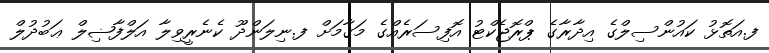
ފ.އަތޮޅު ކައުންސިލްގެ އިދާރާގެ ޕްރޮޖެކްޓު އޮފިސަރެއްގެ މަޤާމަށް ފ.ނިލަންދޫ ކެނެރީވިލާ އަލްފާޟިލް ޢަބުދުލް